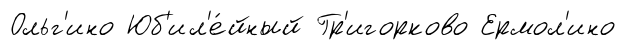
Ольг'ино Юб'ил'е́йный Гр'игорково Ермол'ино